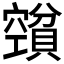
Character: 𰷕